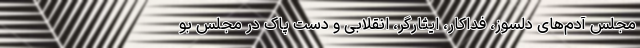
مجلس آدم‌های دلسوز، فداکار، ایثارگر، انقلابی و دست پاک در مجلس بو